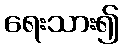
ရေးသား၍